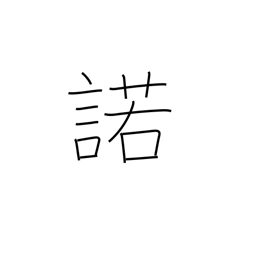
Meaning: assent